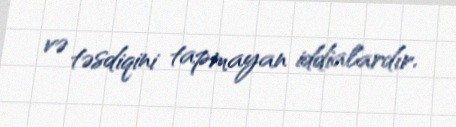
və təsdiqini tapmayan iddialardır.